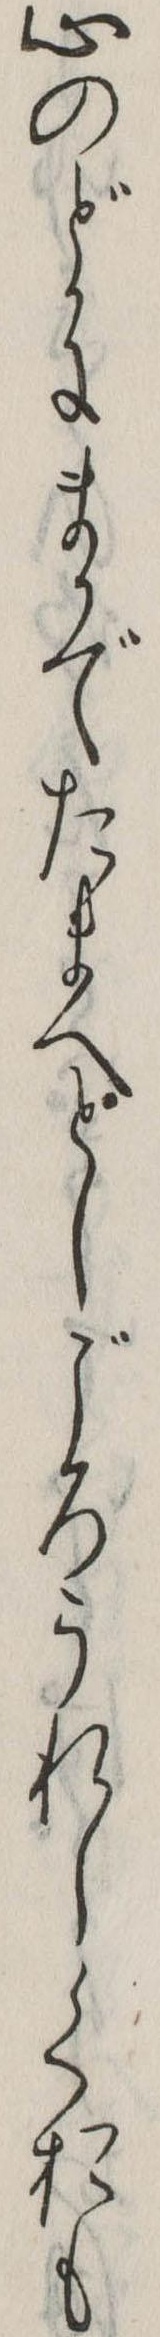
心のどかにまかでたまへとしごろうれしくおも